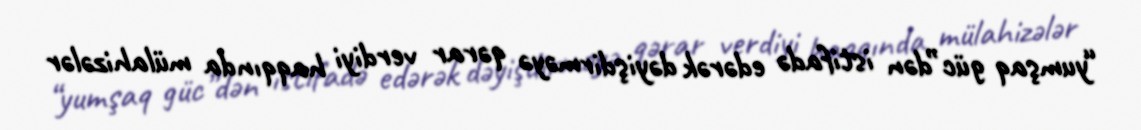
“yumşaq güc”dən istifadə edərək dəyişdirməyə qərar verdiyi haqqında mülahizələr